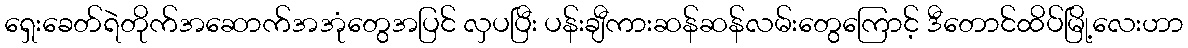
ရှေးခေတ်ရဲတိုက်အဆောက်အအုံတွေအပြင် လှပပြီး ပန်းချီကားဆန်ဆန်လမ်းတွေကြောင့် ဒီတောင်ထိပ်မြို့လေးဟာ